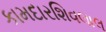
કામદારશિવલાલ